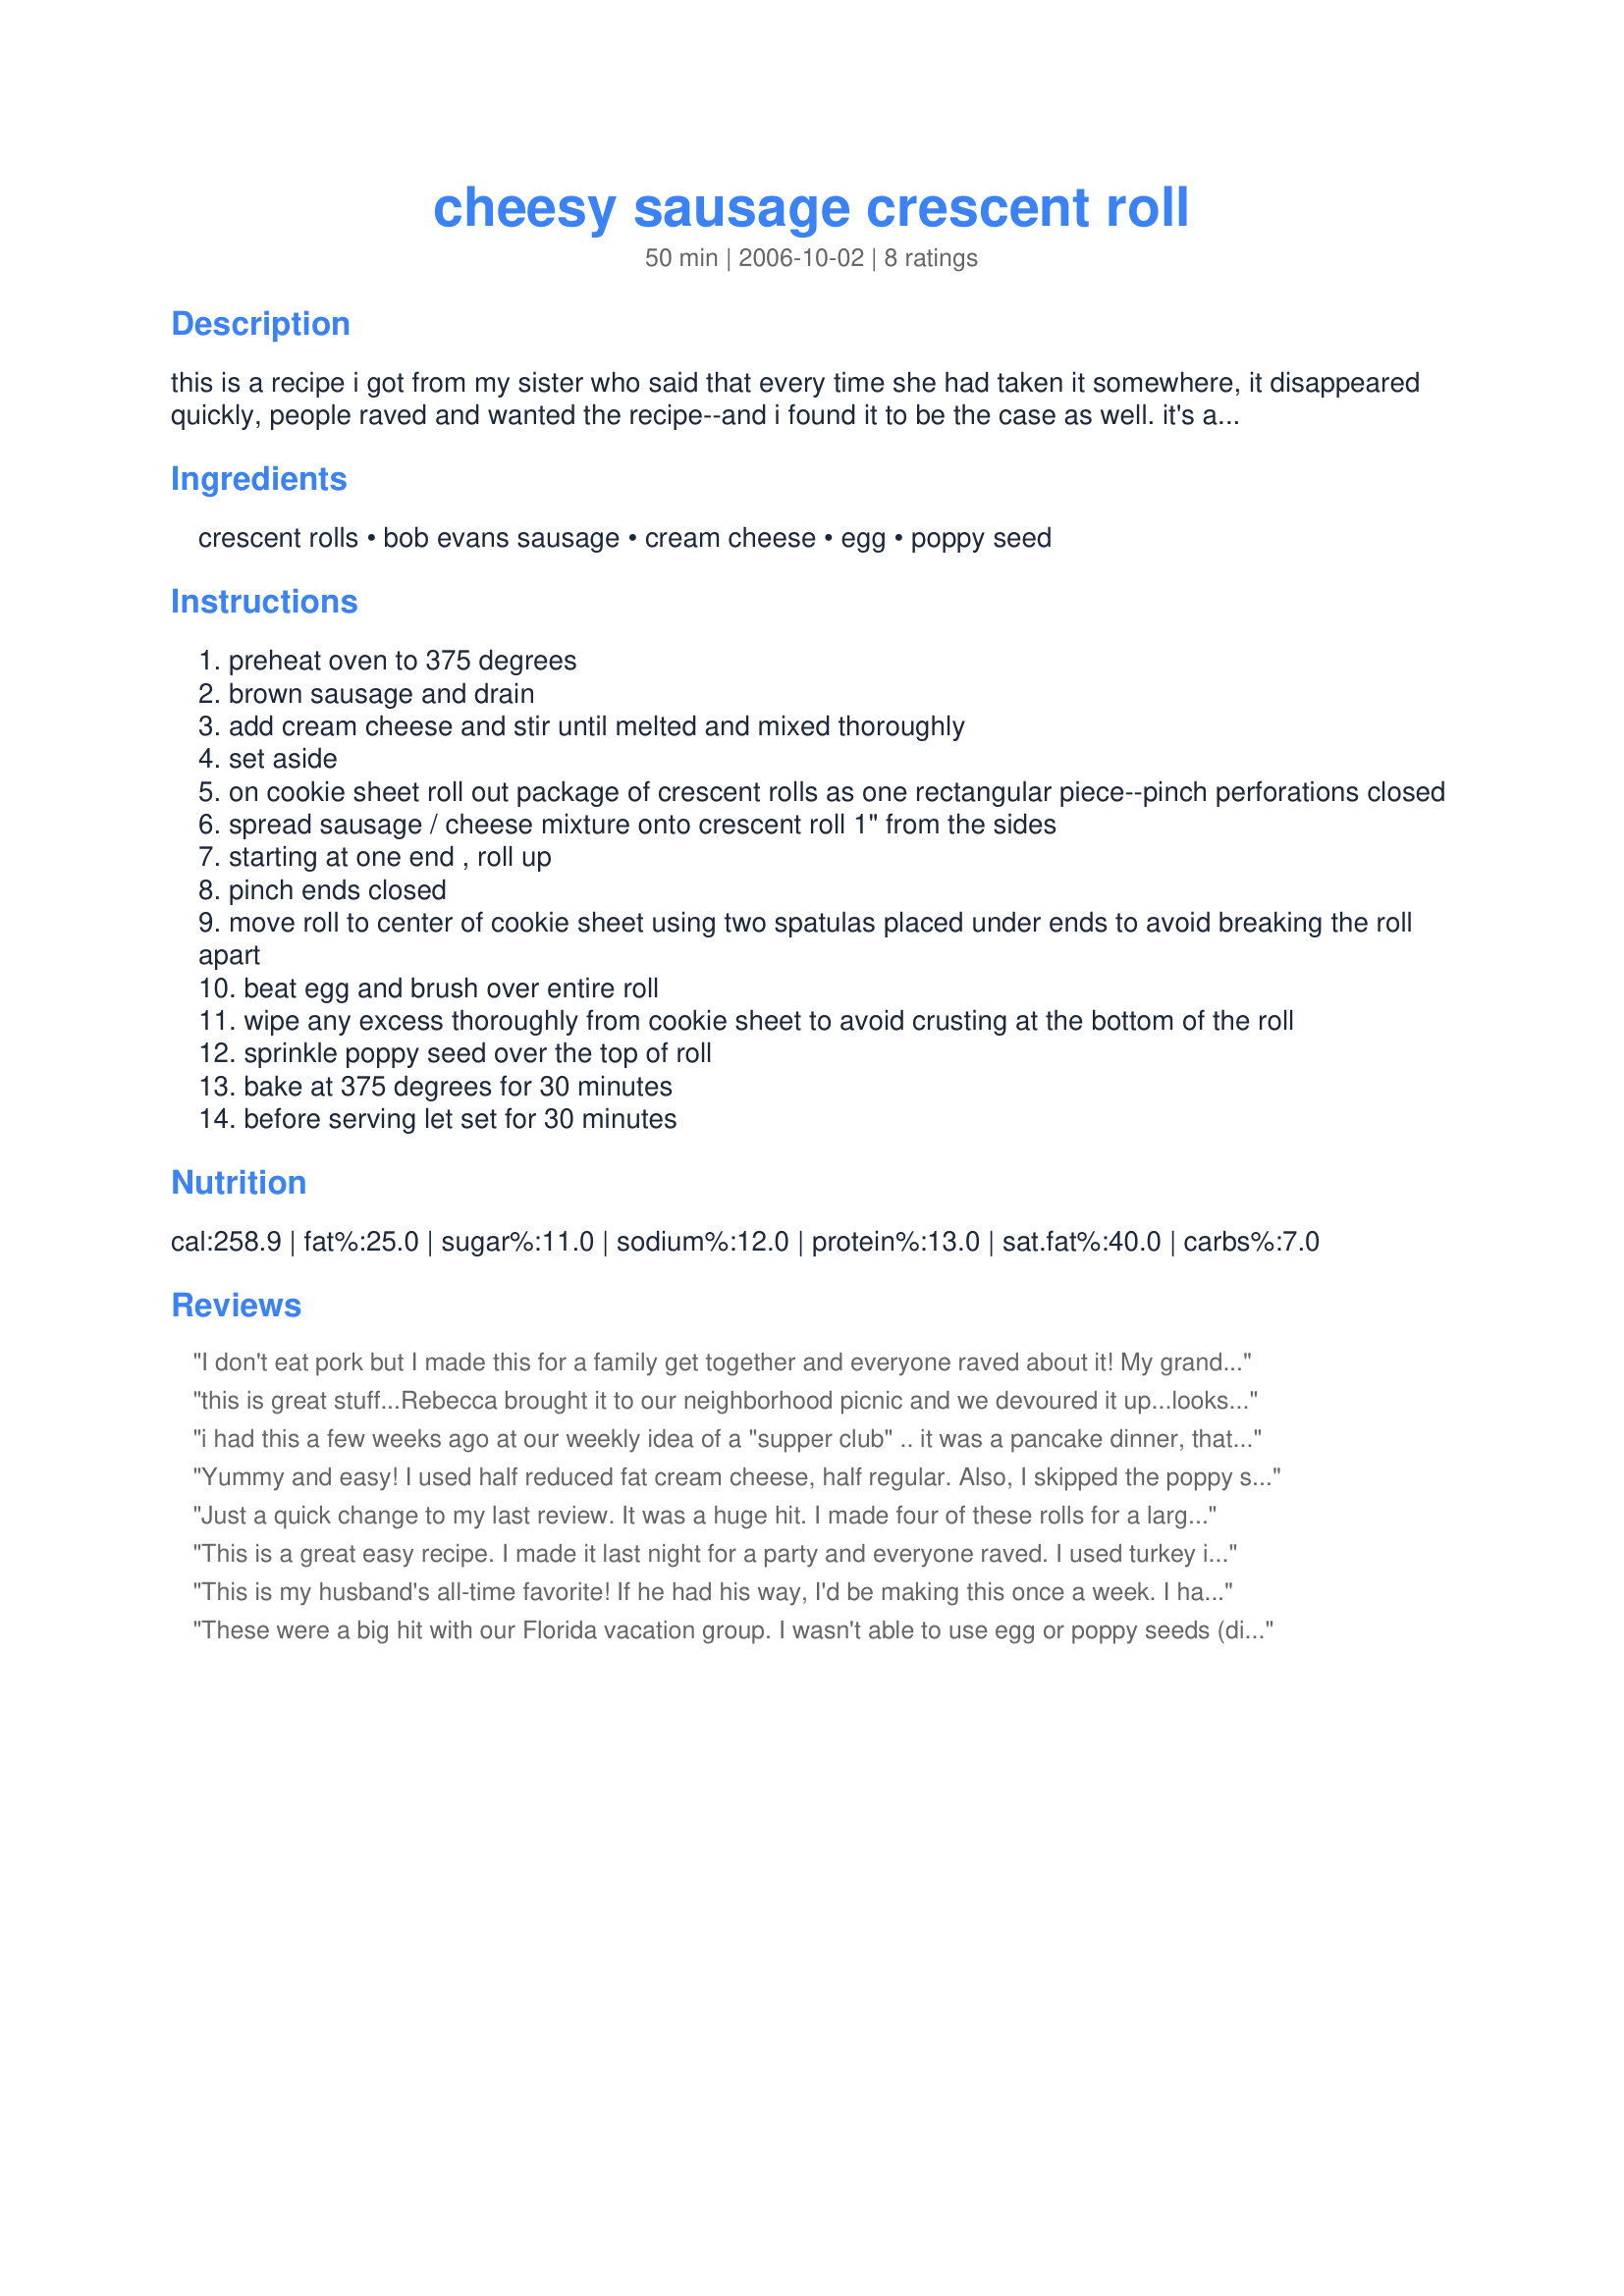
cheesy sausage crescent roll
Preparation time: 50 minutes

this is a recipe i got from my sister who said that every time she had taken it somewhere, it disappeared quickly, people raved and wanted the recipe--and i found it to be the case as well. it's a winner in my book!

Ingredients:
crescent rolls, bob evans sausage, cream cheese, egg, poppy seed

Steps:
preheat oven to 375 degrees
brown sausage and drain
add cream cheese and stir until melted and mixed thoroughly
set aside
on cookie sheet roll out package of crescent rolls as one rectangular piece--pinch perforations closed
spread sausage / cheese mixture onto crescent roll 1" from the sides
starting at one end , roll up
pinch ends closed
move roll to center of cookie sheet using two spatulas placed under ends to avoid breaking the roll apart
beat egg and brush over entire roll
wipe any excess thoroughly from cookie sheet to avoid crusting at the bottom of the roll
sprinkle poppy seed over the top of roll
bake at 375 degrees for 30 minutes
before serving let set for 30 minutes

Reviews:
I don't eat pork but I made this for a family get together and everyone raved about it! My grandmother and aunt both wanted the recipe and want me to make it at christmas time. Next time around I'll make it with turkey sausage so I'll actually get to try it!
this is great stuff...Rebecca brought it to our neighborhood picnic and we devoured it up...looks fancy too...
i had this a few weeks ago at our weekly idea of a "supper club" .. it was a pancake dinner, that night, with this on the side. WOW. i'll tell you what. there were (only) four of us, and this produced NO leftovers. i believe the sausage used in ours was local (neese's sausage), but otherwise, to the tee. it was DELICIOUS. i'd been searching the site for the recipe, and i'm glad i've found it!
Yummy and easy! I used half reduced fat cream cheese, half regular. Also, I skipped the poppy seeds. I took it to a party and everyone liked it, even the kids.
Just a quick change to my last review. It was a huge hit. I made four of these rolls for a large group and none were left. But, yes, next time I will add more filling. Too me it was a little sparse. But, obviously not enough to keep every piece from being consumed.
This is a great easy recipe. I made it last night for a party and everyone raved. I used turkey italian sausage, both sweet and hot from "the Turkey store" 5 sausages total. I also used 2 new "recipe creations" cresent roll tubes..it's great because they aren't divided just one sheet...I pinched them together put the sausage and cheese mix in the middle then just folded over the sides ...followed the recipe and it turned out great-tasting and a beautiful presentation! Thanks for a great recipe.
This is my husband's all-time favorite! If he had his way, I'd be making this once a week. I have made different variations of this, like a philly cheesesteak version that was really really good.
These were a big hit with our Florida vacation group. I wasn't able to use egg or poppy seeds (didn't have them). They browned up nicely and everyone loved them. They couldn't believe they were just cream chesse and sausage. I used RB Rices mild sauage with great results. I will be making these again this weekend for a birthday party. I cooked the sausage in advance, then it is really quick to take somewhere to put it together. Thanks for such a delicious, quick appetizer.
